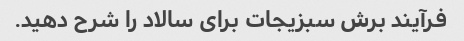
فرآیند برش سبزیجات برای سالاد را شرح دهید.